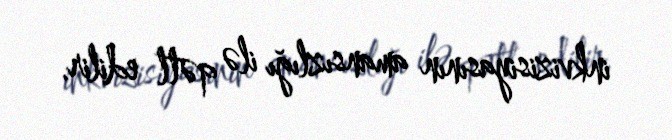
inkvizisiyasının amansızlığı ilə qətl edilir.